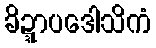
ခိဍ္ဍာပဒေါသိကံ